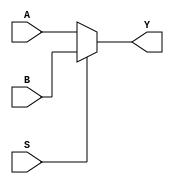
module Mux2x1_5bits(input [4:0]A,input [4:0] B,input S, output [4:0]Y);
   assign Y = (S==0) ? A:B;
endmodule